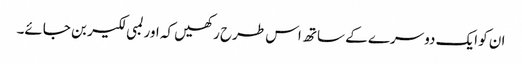
ان کو ایک دوسرے کے ساتھ اس طرح رکھیں کہ اور لمبی لکیر بن جائے۔